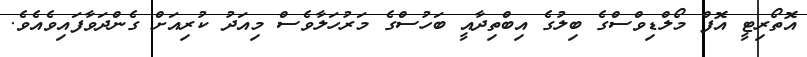
އޮތޯރިޓީ އޮފް މޯލްޑިވްސްގެ ބިލުގެ އިބްތިދާއީ ބަހުސްގެ މަރުހަލާވެސް މިއަދު ކުރިއަށް ގެންދަވާފައިވެއެވެ.